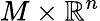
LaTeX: M\times\mathbb{R}^{n}